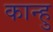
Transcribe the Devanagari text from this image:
कान्हु